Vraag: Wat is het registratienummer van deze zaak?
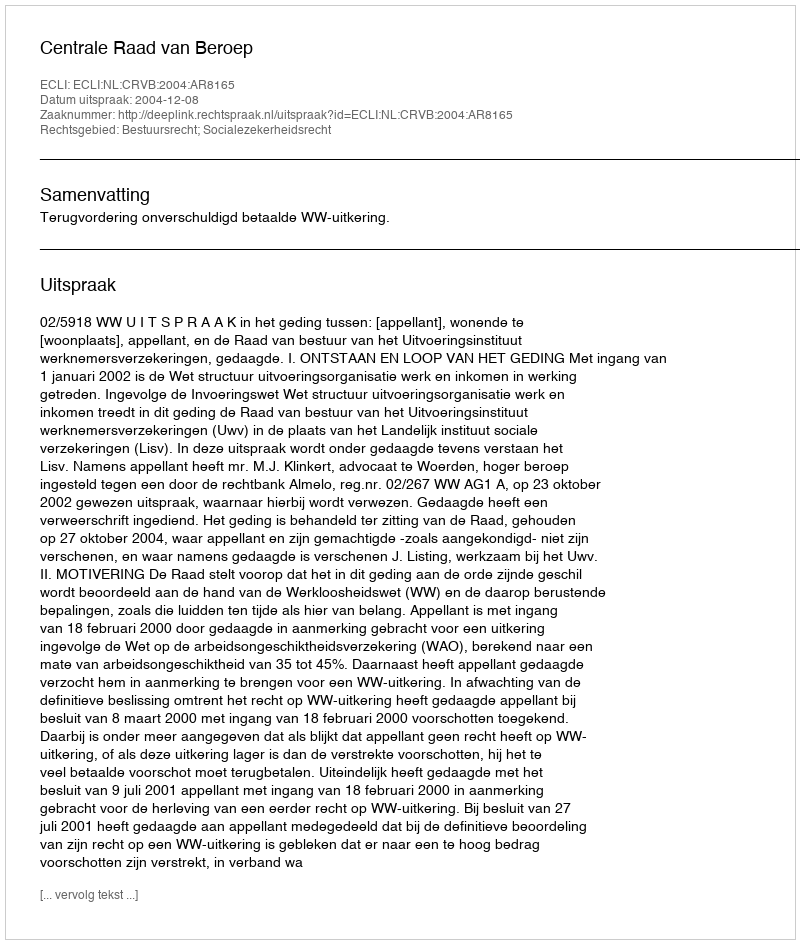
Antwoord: http://deeplink.rechtspraak.nl/uitspraak?id=ECLI:NL:CRVB:2004:AR8165